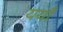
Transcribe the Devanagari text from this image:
ययाँ